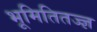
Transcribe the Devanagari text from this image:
भूमितितज्ज्ञ